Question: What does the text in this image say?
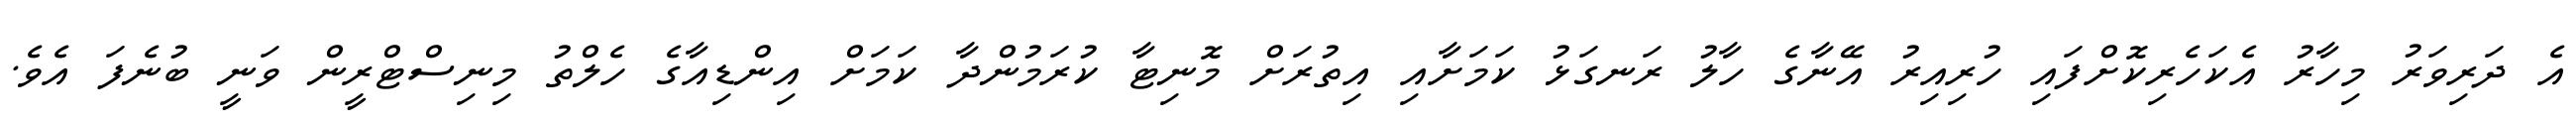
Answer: އެ ދަރިވަރު މިހާރު އެކަހެރިކޮށްފައި ހުރިއިރު އޭނާގެ ހާލު ރަނގަޅު ކަމަށާއި އިތުރަށް މޮނިޓާ ކުރަމުންދާ ކަމަށް އިންޑިއާގެ ހެލްތު މިނިސްޓްރީން ވަނީ ބުނެފަ އެވެ.